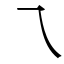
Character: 乁